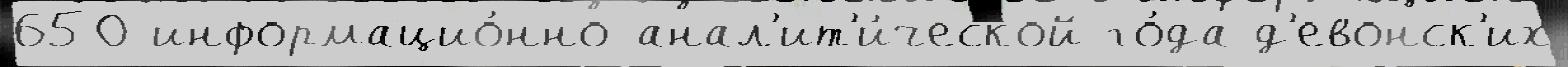
650 информацио́нно-анал'ит'и́ческой го́да д'евонск'их